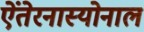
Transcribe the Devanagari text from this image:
ऐंतेरनास्योनाल